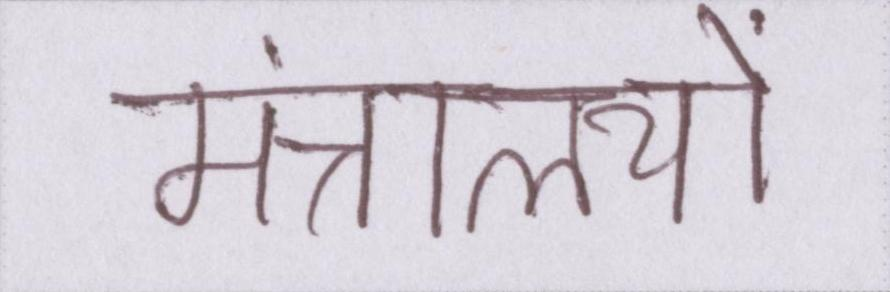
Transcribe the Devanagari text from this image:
मंत्रालयों